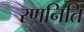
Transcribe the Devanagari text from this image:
रणनिति